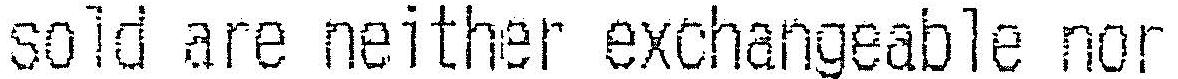
SOLD ARE NEITHER EXCHANGEABLE NOR